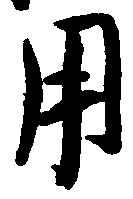
用